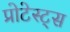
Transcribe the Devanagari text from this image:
प्रोटेस्ट्स